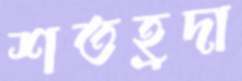
শতহ্রদা